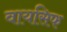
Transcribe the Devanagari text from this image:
वायसिफ